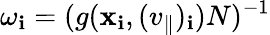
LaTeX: \omega_{\mathbf{i}}=(g(\mathbf{{x}}_{\mathbf{i}},(v_{\parallel})_{\mathbf{i}})N)^{-1}